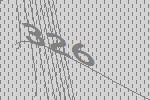
326